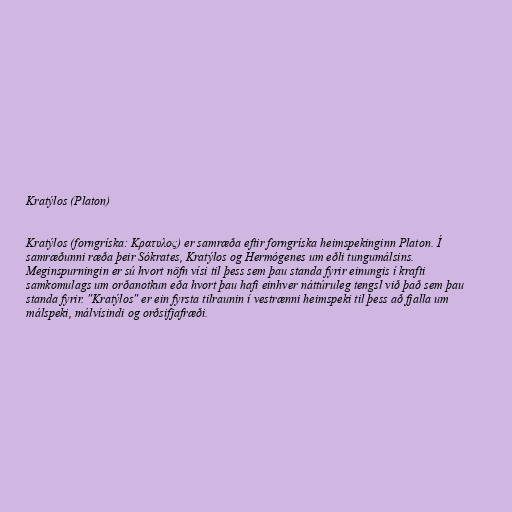
Kratýlos (Platon)

Kratýlos (forngríska: Κρατυλος) er samræða eftir forngríska heimspekinginn Platon. Í
samræðunni ræða þeir Sókrates, Kratýlos og Hermógenes um eðli tungumálsins.
Meginspurningin er sú hvort nöfn vísi til þess sem þau standa fyrir einungis í krafti
samkomulags um orðanotkun eða hvort þau hafi einhver náttúruleg tengsl við það sem þau
standa fyrir. "Kratýlos" er ein fyrsta tilraunin í vestrænni heimspeki til þess að fjalla um
málspeki, málvísindi og orðsifjafræði.